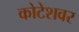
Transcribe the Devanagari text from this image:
कोटेशवर